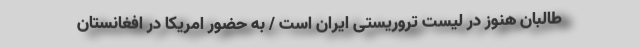
طالبان هنوز در لیست تروریستی ایران است / به حضور امریکا در افغانستان